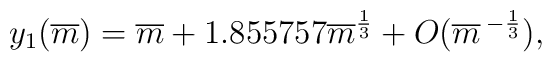
y_1 (\overline{m}) = \overline{m}+ 1.855757\overline{m}^{1\over 3} + O(\overline{m}\, ^{- {1\over 3}}),